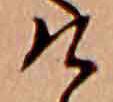
け